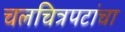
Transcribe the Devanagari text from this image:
चलचित्रपटांचा